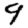
Digit: 9